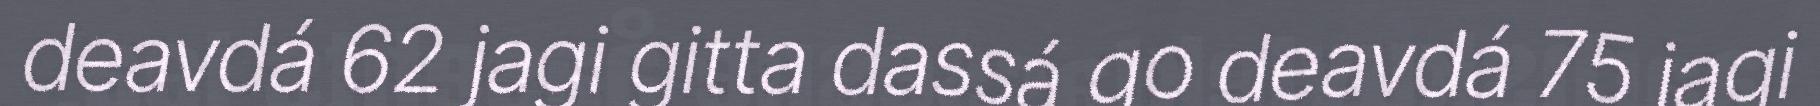
deavdá 62 jagi gitta dassá go deavdá 75 jagi